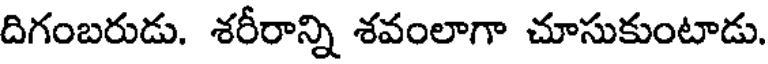
దిగంబరుడు. శరీరాన్ని శవంలాగా చూసుకుంటాడు.